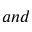
a n d